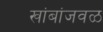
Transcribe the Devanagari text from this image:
खांबांजवळ